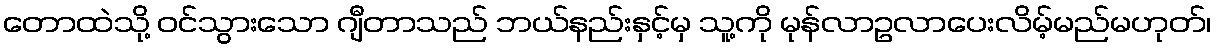
တောထဲသို့ ဝင်သွားသော ဂျီတာသည် ဘယ်နည်းနှင့်မှ သူ့ကို မုန်လာဥလာပေးလိမ့်မည်မဟုတ်၊